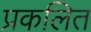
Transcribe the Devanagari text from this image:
प्रकलित